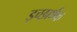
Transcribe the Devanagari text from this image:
इच्छार्थक